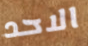
الاحد